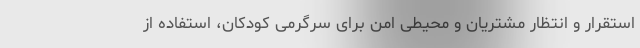
استقرار و انتظار مشتریان و محیطی امن برای سرگرمی کودکان، استفاده از